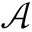
{ \mathcal A }